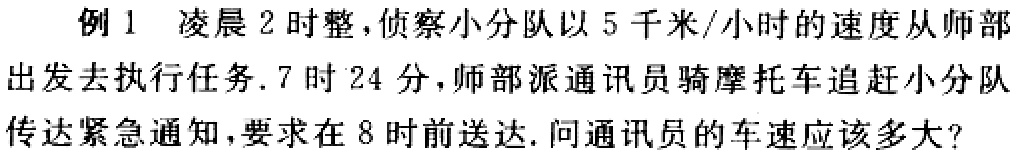
例 1 凌晨 2 时整，侦察小分队以 5 千米/小时的速度从师部出发去执行任务. 7 时 24 分，师部派通讯员骑摩托车追赶小分队传达紧急通知，要求在 8 时前送达. 问通讯员的车速应该多大？